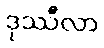
ဒုဿီလာ